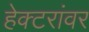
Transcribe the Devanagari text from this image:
हेक्टरांवर